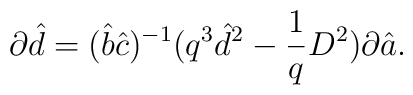
\partial \hat{d}=(\hat{b}\hat{c})^{-1}(q^3\hat{d}^2-\frac{1}{q}D^{2})\partial \hat{a}.